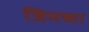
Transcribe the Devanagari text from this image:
जिमच्या